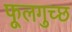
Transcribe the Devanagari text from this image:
फूलगुच्छ